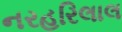
નરહરિલાલ